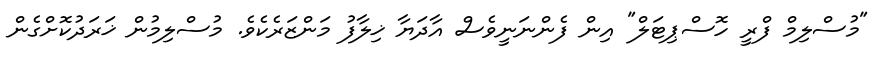
"މުސްލިމް ފްރީ ހޮސްޕިޓަލް" އިން ފެންނަނީވެސް އާދަޔާ ޚިލާފު މަންޒަރެކެވެ. މުސްލިމުން ޚަރަދުކޮށްގެން